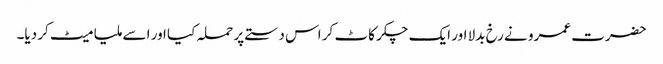
حضرت عمرو نے رخ بدلا اور ایک چکر کاٹ کر اس دستے پر حملہ کیا اور اسے ملیا میٹ کر دیا۔